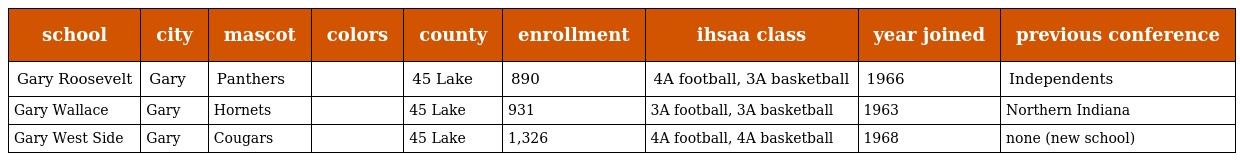
| school | city | mascot | colors | county | enrollment | ihsaa class | year joined | previous conference |
 | --- | --- | --- | --- | --- | --- | --- | --- | --- |
 | Gary Roosevelt | Gary | Panthers |  | 45 Lake | 890 | 4A football, 3A basketball | 1966 | Independents |
 | Gary Wallace | Gary | Hornets |  | 45 Lake | 931 | 3A football, 3A basketball | 1963 | Northern Indiana |
 | Gary West Side | Gary | Cougars |  | 45 Lake | 1,326 | 4A football, 4A basketball | 1968 | none (new school) |